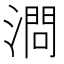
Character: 𣼶